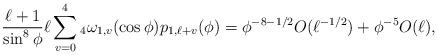
LaTeX: \begin{align*}&\frac{\ell+1}{\sin^8 \phi} \ell \sum_{v=0}^4 {_4}\omega_{1,v}(\cos \phi) p_{1,\ell+v}(\phi) = \phi^{-8-1/2} O(\ell^{-1/2})+\phi^{-5} O(\ell), \end{align*}